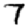
Digit: 7